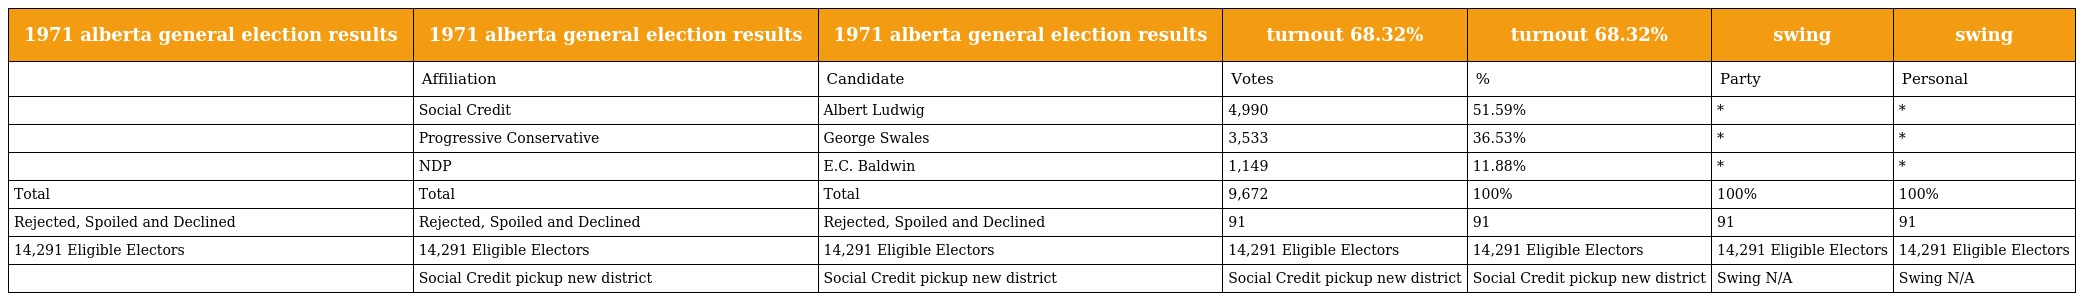
| 1971 alberta general election results | 1971 alberta general election results | 1971 alberta general election results | turnout 68.32% | turnout 68.32% | swing | swing |
 | --- | --- | --- | --- | --- | --- | --- |
 |  | Affiliation | Candidate | Votes | % | Party | Personal |
 |  | Social Credit | Albert Ludwig | 4,990 | 51.59% | * | * |
 |  | Progressive Conservative | George Swales | 3,533 | 36.53% | * | * |
 |  | NDP | E.C. Baldwin | 1,149 | 11.88% | * | * |
 | Total | Total | Total | 9,672 | 100% | 100% | 100% |
 | Rejected, Spoiled and Declined | Rejected, Spoiled and Declined | Rejected, Spoiled and Declined | 91 | 91 | 91 | 91 |
 | 14,291 Eligible Electors | 14,291 Eligible Electors | 14,291 Eligible Electors | 14,291 Eligible Electors | 14,291 Eligible Electors | 14,291 Eligible Electors | 14,291 Eligible Electors |
 |  | Social Credit pickup new district | Social Credit pickup new district | Social Credit pickup new district | Social Credit pickup new district | Swing N/A | Swing N/A |